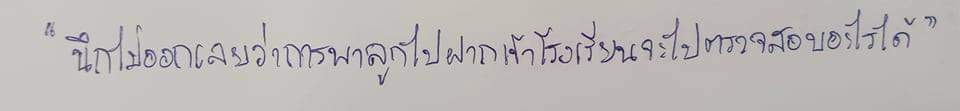
"นึกไม่ออกเลยว่าการพาลูกไปฝากเข้าโรงเรียนจะไปตรวจสอบอะไรได้"